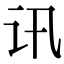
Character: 讯